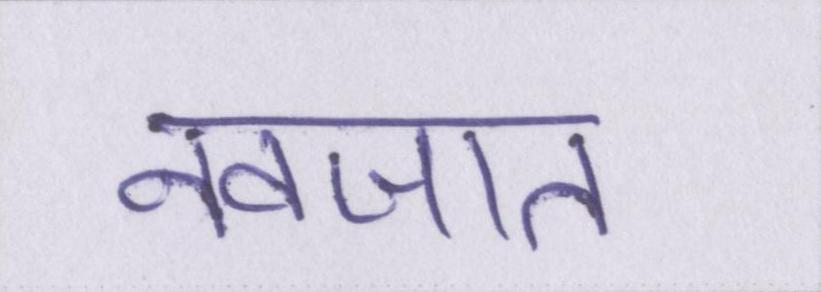
नवजात